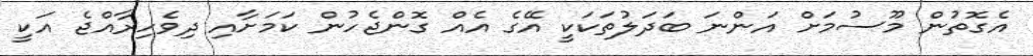
އެގޮތުން މޫސުމަށް އަންނަ ބަދަލުތަކަކީ އޭގެ އެއް ގޮންޖެހުން ކަމަށާއި ދިވެހިރާއްޖެ އަކީ